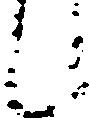
候